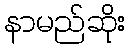
နာမည်ဆိုး